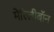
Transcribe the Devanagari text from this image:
मेरिलीबॉन